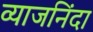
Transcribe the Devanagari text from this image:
व्याजनिंदा